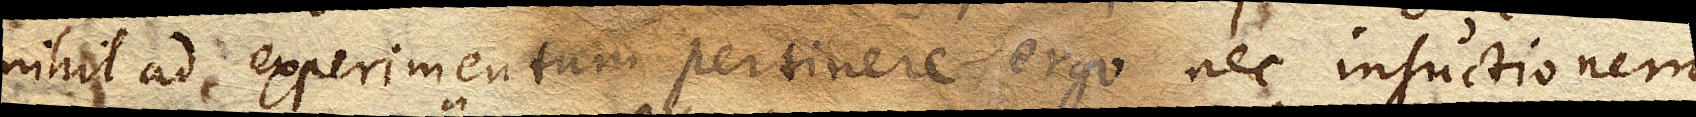
nihil ad experimentum pertinere, ergo nec insuctionem